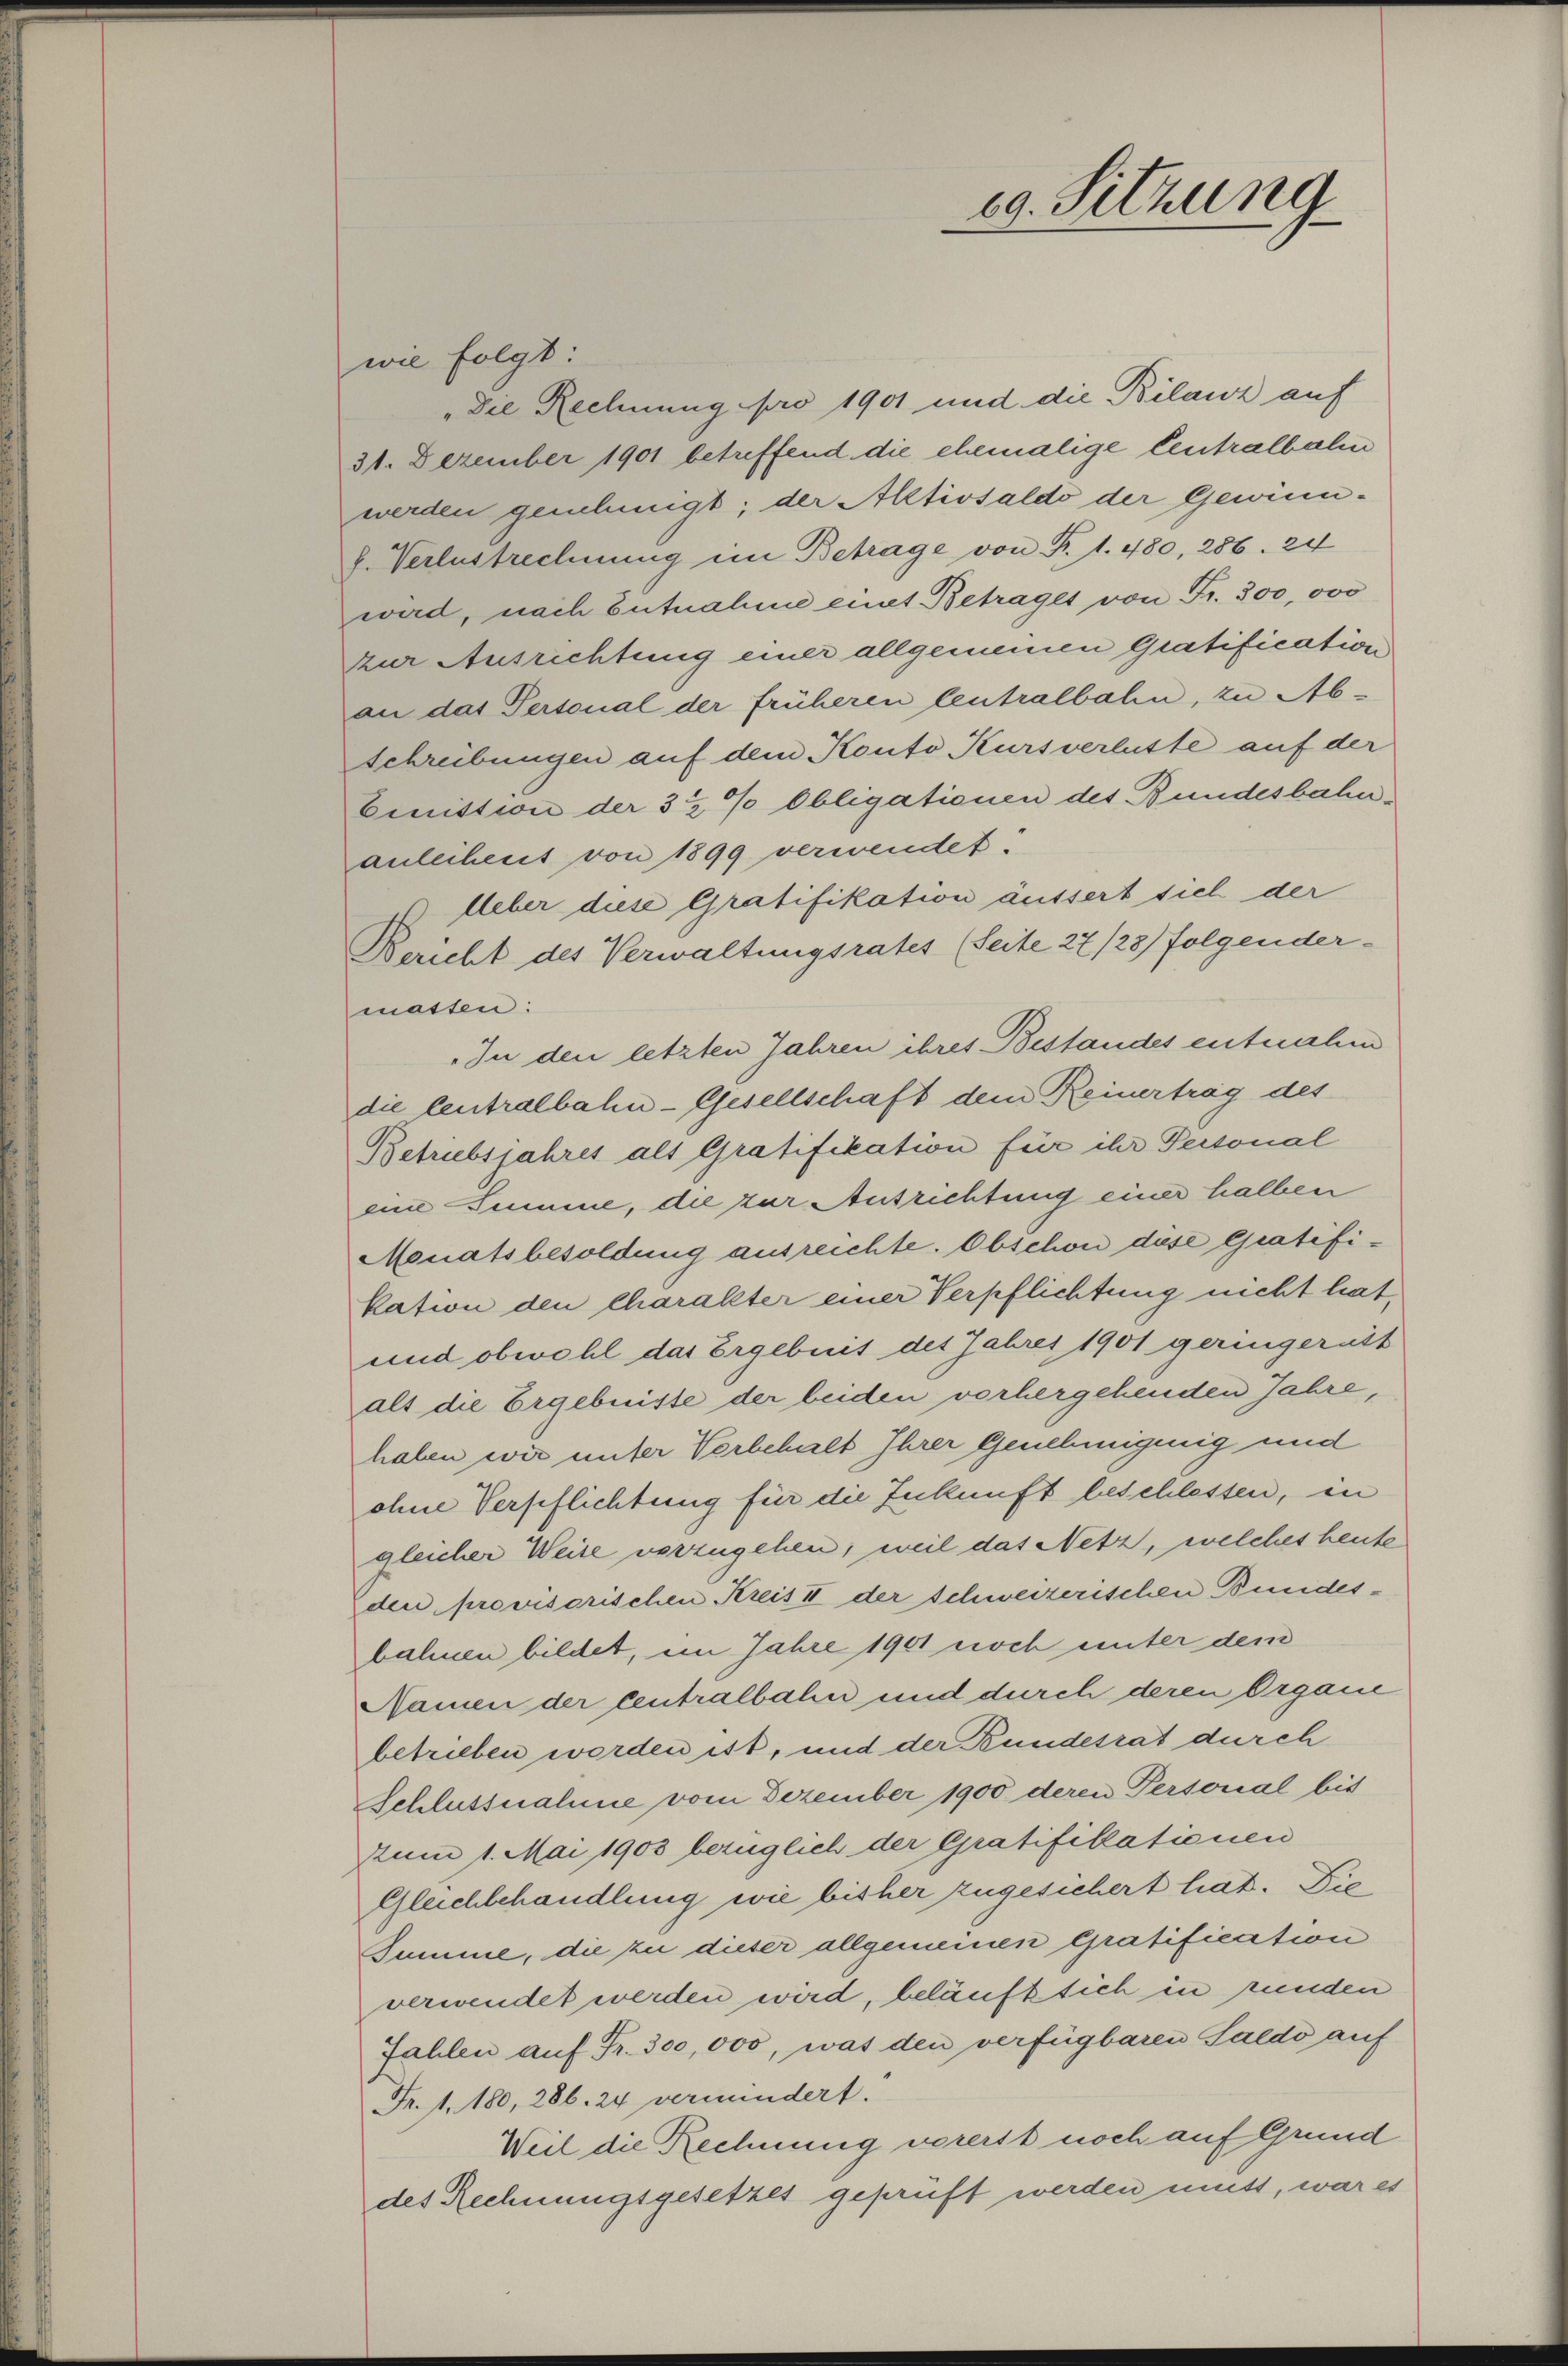
69. Sitzung

wie folgt:
"Die Rechnung pro 1901 und die Bilanz auf
31. Dezember 1901 betreffend die ehemalige Centralbalen
werden genehmigt; der Aktivsaldo der Gewinn-
k. Verlustrechnung im Betrage von P. 1. 480, 286. 24
wird, nach Entnahme einet Betraget von Fr. 300,000
zur Ausrichtung einer allgemeinen Gratification
an das Personal der früheren Centralbalen, zu Abschreibungen auf dem Konto Kursverluste auf der
Einition der 3 ½ % Obligationen des Bundesbahnanleiheit von 1899 verwendet.
Ueber diese Gratifikation äussert sich der
Bericht des Verwaltungsrates (Seite 27/28) folgendermassen:
In den letzten Jahren ihres Bestandes entnahm
die Centralbahn-Gesellschaft dem Reinertrag des
Betriebsjahres als Gratifikation für ihr Personal
eine Summe, die zur Ausrichtung einer halben
Monatsbesoldung ausreichte. Obschon dese Gratifikation den Charakter einer Verpflichtung nicht hat,
und obwohl das Ergebnis des Jahres 1901 geringernit
als die Ergebnisse der beiden vorhergehenden Jahre,
haben wir unter Verbehalt Ihrer Genehmigenig und
ohne Verpflichtung für die Zukunft beschlessen, in
gleicher Weise vorzugehen, weil das Netz, welches heute
den provisorischen Kreis II der schweizerischen Bundesbahnen bildet, im Jahre 1901 noch unter dem
Namen der Centralbahn und durch deren Organe
betrieben worden ist, und der Bundesrat durch
Schlussnahme vom Dezember 1900 deren Persorial bis
zum 1. Mai 1903 bezüglich der Gratifillationen
Gleichbehandlung wie bisher zugesichert hat. Die
Summe, die zu dieser allgemeinen Gratification
verwendet werden wird, beläuft sich in runden
fahlen auf Fr. 300,000, was den verfügbaren Saldo auf
Fr. 1. 180, 286. 24 vermindert.
Weil die Rechnung vorerst noch auf Grund
des Rechnungsgesetzes geprüft werden muss, war es